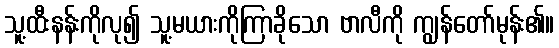
သူ့ထီးနန်းကိုလု၍ သူ့မယားကိုကြာခိုသော ဗာလီကို ကျွန်တော်မုန်း၏။